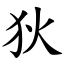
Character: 狄